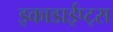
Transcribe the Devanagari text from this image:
इकाडाईप्ट्स